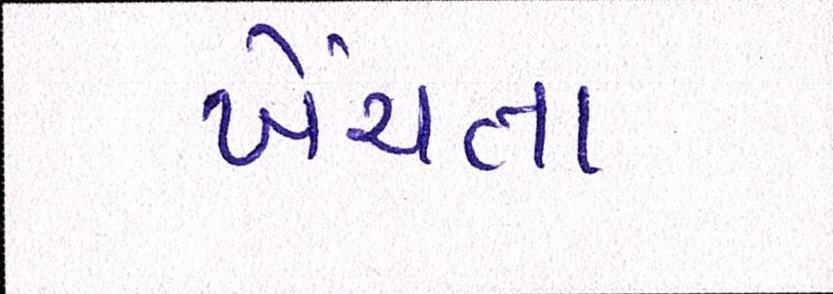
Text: ખેંચતા